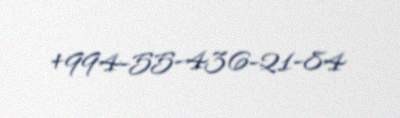
+994-55-436-21-84